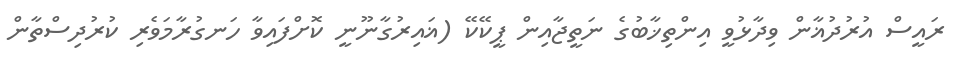
ރައީސް އުރުދުޣާން ވިދާޅުވީ އިންތިޚާބުގެ ނަތީޖާއިން ޕީކޭކޭ (ޣައިރުގާނޫނީ ކޮށްފައިވާ ހަނގުރާމަވެރި ކުރުދިސްތާން